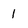
Character: 1